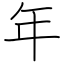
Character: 年